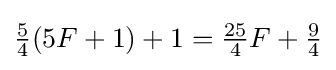
{\tfrac {5}{4}}(5F+1)+1={\tfrac {25}{4}}F+{\tfrac {9}{4}}